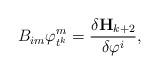
LaTeX: \begin{align*} B_{im}\varphi _{t^{k}}^{m}= \frac{\delta \mathbf{H}_{k+2}}{\delta \varphi ^{i}}, \end{align*}